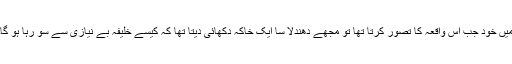
میں خود جب اس واقعہ کا تصور کرتا تھا تو مجھے دھندلا سا ایک خاکہ دکھائی دیتا تھا کہ کیسے خلیفہ بے نیازی سے سو رہا ہو گا۔